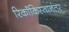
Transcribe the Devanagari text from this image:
रिकाँकिस्तानंतर